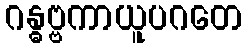
ဂန္ဓဗ္ဗကာယူပဂတေ